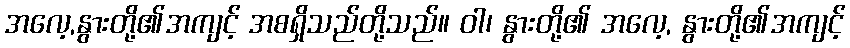
အလေ့,နွားတို့၏အကျင့် အစရှိသည်တို့သည်။ ဝါ၊ နွားတို့၏ အလေ့, နွားတို့၏အကျင့်